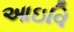
આઇવિ